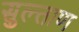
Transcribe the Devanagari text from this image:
सुल्ताण